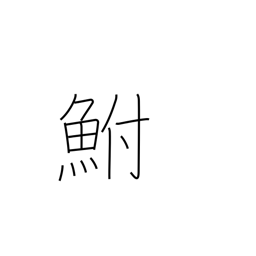
Meaning: carp